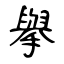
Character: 擧